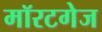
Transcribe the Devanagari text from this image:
मॉरटगेज